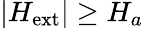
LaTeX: |H_{\mathrm{ext}}|\geq H_{a}